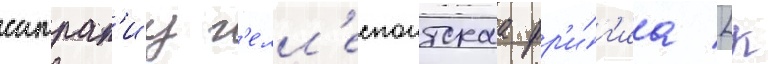
сатрап'иу г'елл'еспонтскаа фр'и́г'иа [к